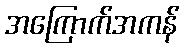
အကြောက်အကန်